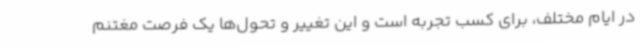
در ایام مختلف، برای کسب تجربه است و این تغییر و تحول‌ها یک فرصت مغتنم